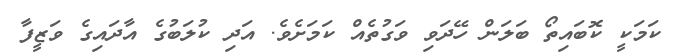
ކަމަކީ ކޮބައިތޯ ބަލަން ހޭދަވި ވަގުތެއް ކަމަށެވެ. އަދި ކުލަބުގެ އާދައިގެ ވަޒީފާ